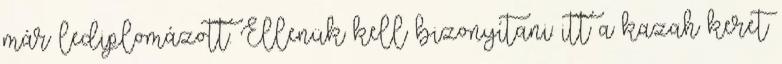
már lediplomázott. Ellenük kell bizonyítani: itt a kazah keret